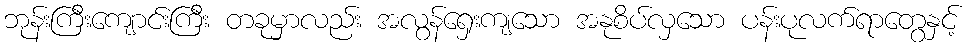
ဘုန်းကြီးကျောင်းကြီး တခုမှာလည်း အလွန်ရှေးကျသော အနုစိပ်လှသော ပန်းပုလက်ရာတွေနှင့်